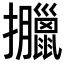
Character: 𢺎